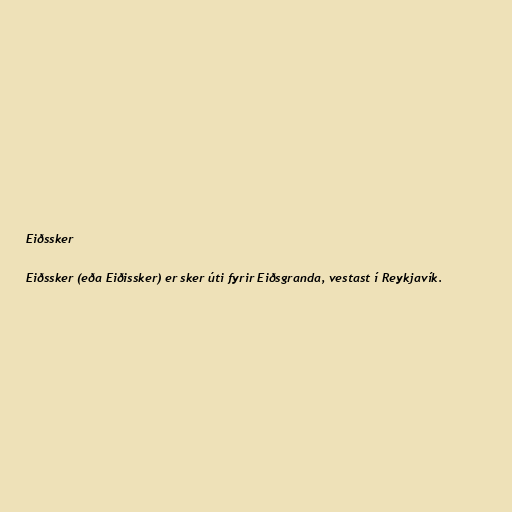
Eiðssker

Eiðssker (eða Eiðissker) er sker úti fyrir Eiðsgranda, vestast í Reykjavík.